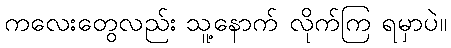
ကလေးတွေလည်း သူ့နောက် လိုက်ကြ ရမှာပဲ။